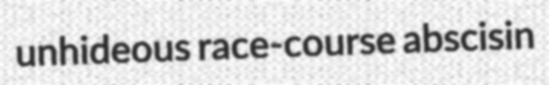
unhideous race-course abscisin